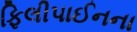
ફિલીપાઈનના